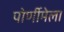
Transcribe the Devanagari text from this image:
पोर्णीमेला